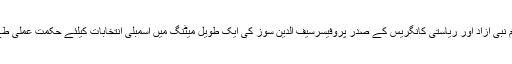
‘‘ذرایع کا کہنا ہے کہ 16جون کو سرینگر میں کانگریس کے مرکزی لیڈر غلام نبی آزاد اور ریاستی کانگریس کے صدر پروفیسرسیف الدین سوز کی ایک طویل میٹنگ میں اسمبلی انتخابات کیلئے حکمت عملی طے کرتے وقت پی ڈی پی کو گٹھ جوڑ کرنے کی پیش کش کا فیصلہ کیا گیا ہے۔